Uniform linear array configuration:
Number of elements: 16
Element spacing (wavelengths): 1
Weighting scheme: cosine
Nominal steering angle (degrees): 60
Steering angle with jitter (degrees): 60.492
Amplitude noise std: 0.05
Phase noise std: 0.05

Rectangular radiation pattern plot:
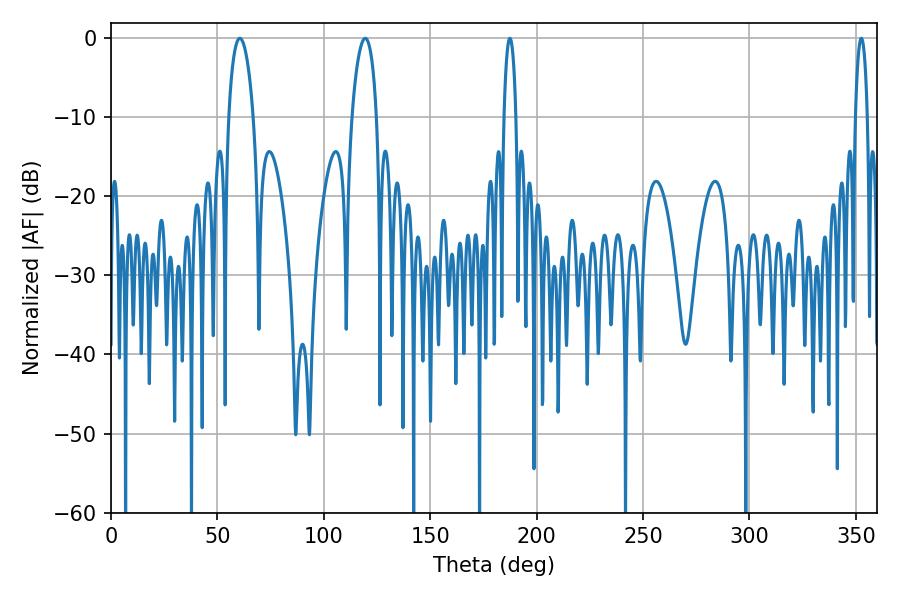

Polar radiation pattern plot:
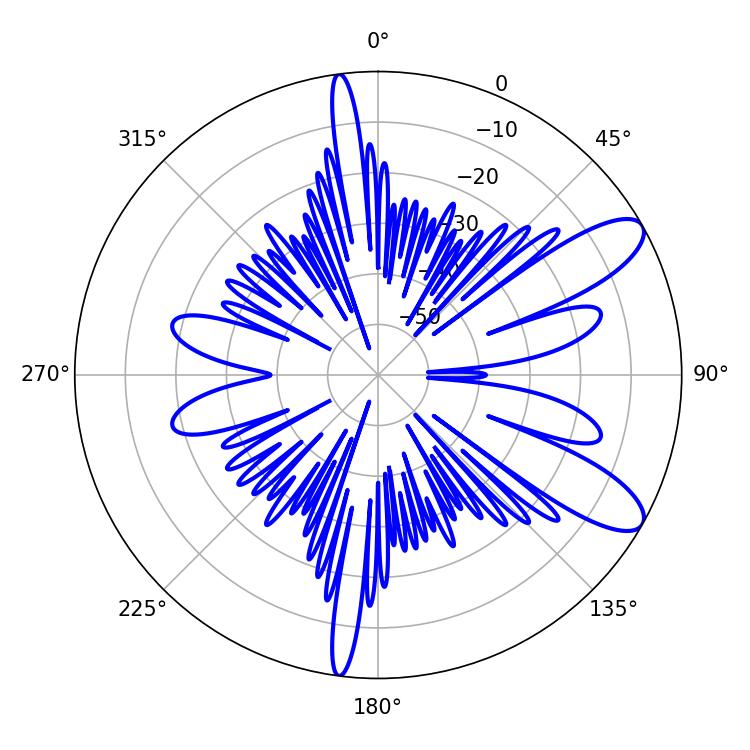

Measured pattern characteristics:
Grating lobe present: TRUE
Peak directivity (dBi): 9.956
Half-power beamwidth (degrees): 6.66
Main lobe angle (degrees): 60.48